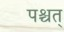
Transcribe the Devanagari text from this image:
पश्चत्